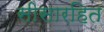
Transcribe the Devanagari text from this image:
सीसारहित